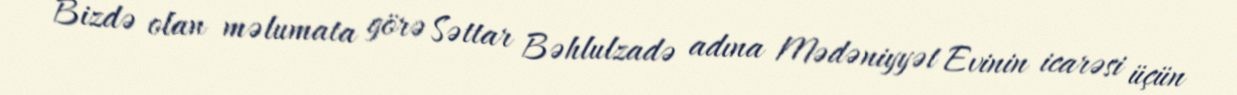
Bizdə olan məlumata görə Səttar Bəhlulzadə adına Mədəniyyət Evinin icarəsi üçün